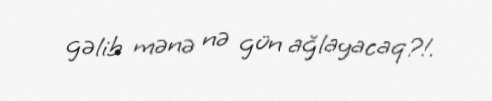
gəlib mənə nə gün ağlayacaq?!.